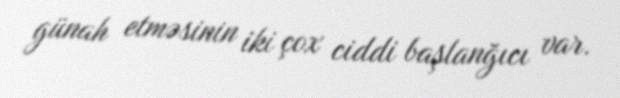
günah etməsinin iki çox ciddi başlanğıcı var.